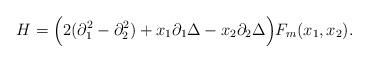
LaTeX: \begin{align*}H= \Bigl( 2(\partial_1^2-\partial_2^2) +x_1 \partial_1 \Delta-x_2 \partial_2 \Delta\Bigr)F_m(x_1,x_2).\end{align*}